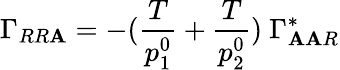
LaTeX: \Gamma_{RR\mathbf{A}}=-({\frac{{T}}{{p_{1}^{0}}}}+{\frac{{T}}{{p_{2}^{0}}}})\ \Gamma_{\mathbf{A}\mathbf{A}R}^{*}